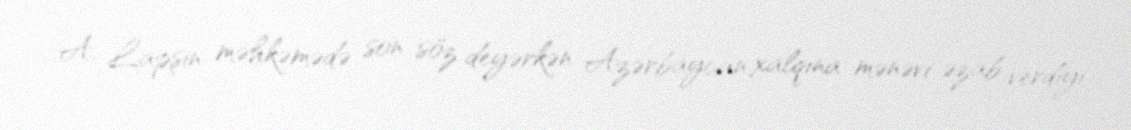
A. Lapşin məhkəmədə son söz deyərkən Azərbaycan xalqına mənəvi əzab verdiyi